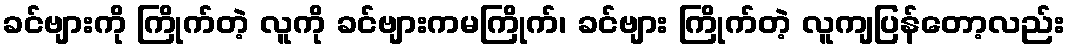
ခင်ဗျားကို ကြိုက်တဲ့ လူကို ခင်ဗျားကမကြိုက်၊ ခင်ဗျား ကြိုက်တဲ့ လူကျပြန်တော့လည်း